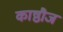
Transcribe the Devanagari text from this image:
काष्ठौज